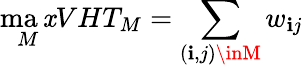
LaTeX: \operatorname*{ma\mathit{x}}_{M}VHT_{M}=\sum_{(\mathbf{i},j)\inM}w_{\mathbf{i}j}